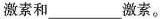
激素和___激素。